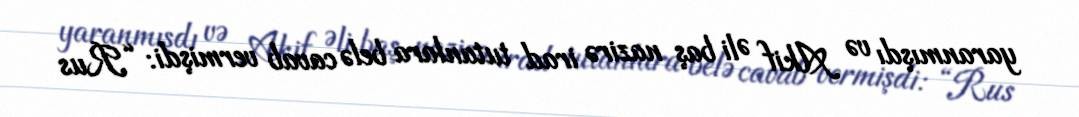
yaranmışdı və Akif Əli baş nazirə irad tutanlara belə cavab vermişdi: “Rus